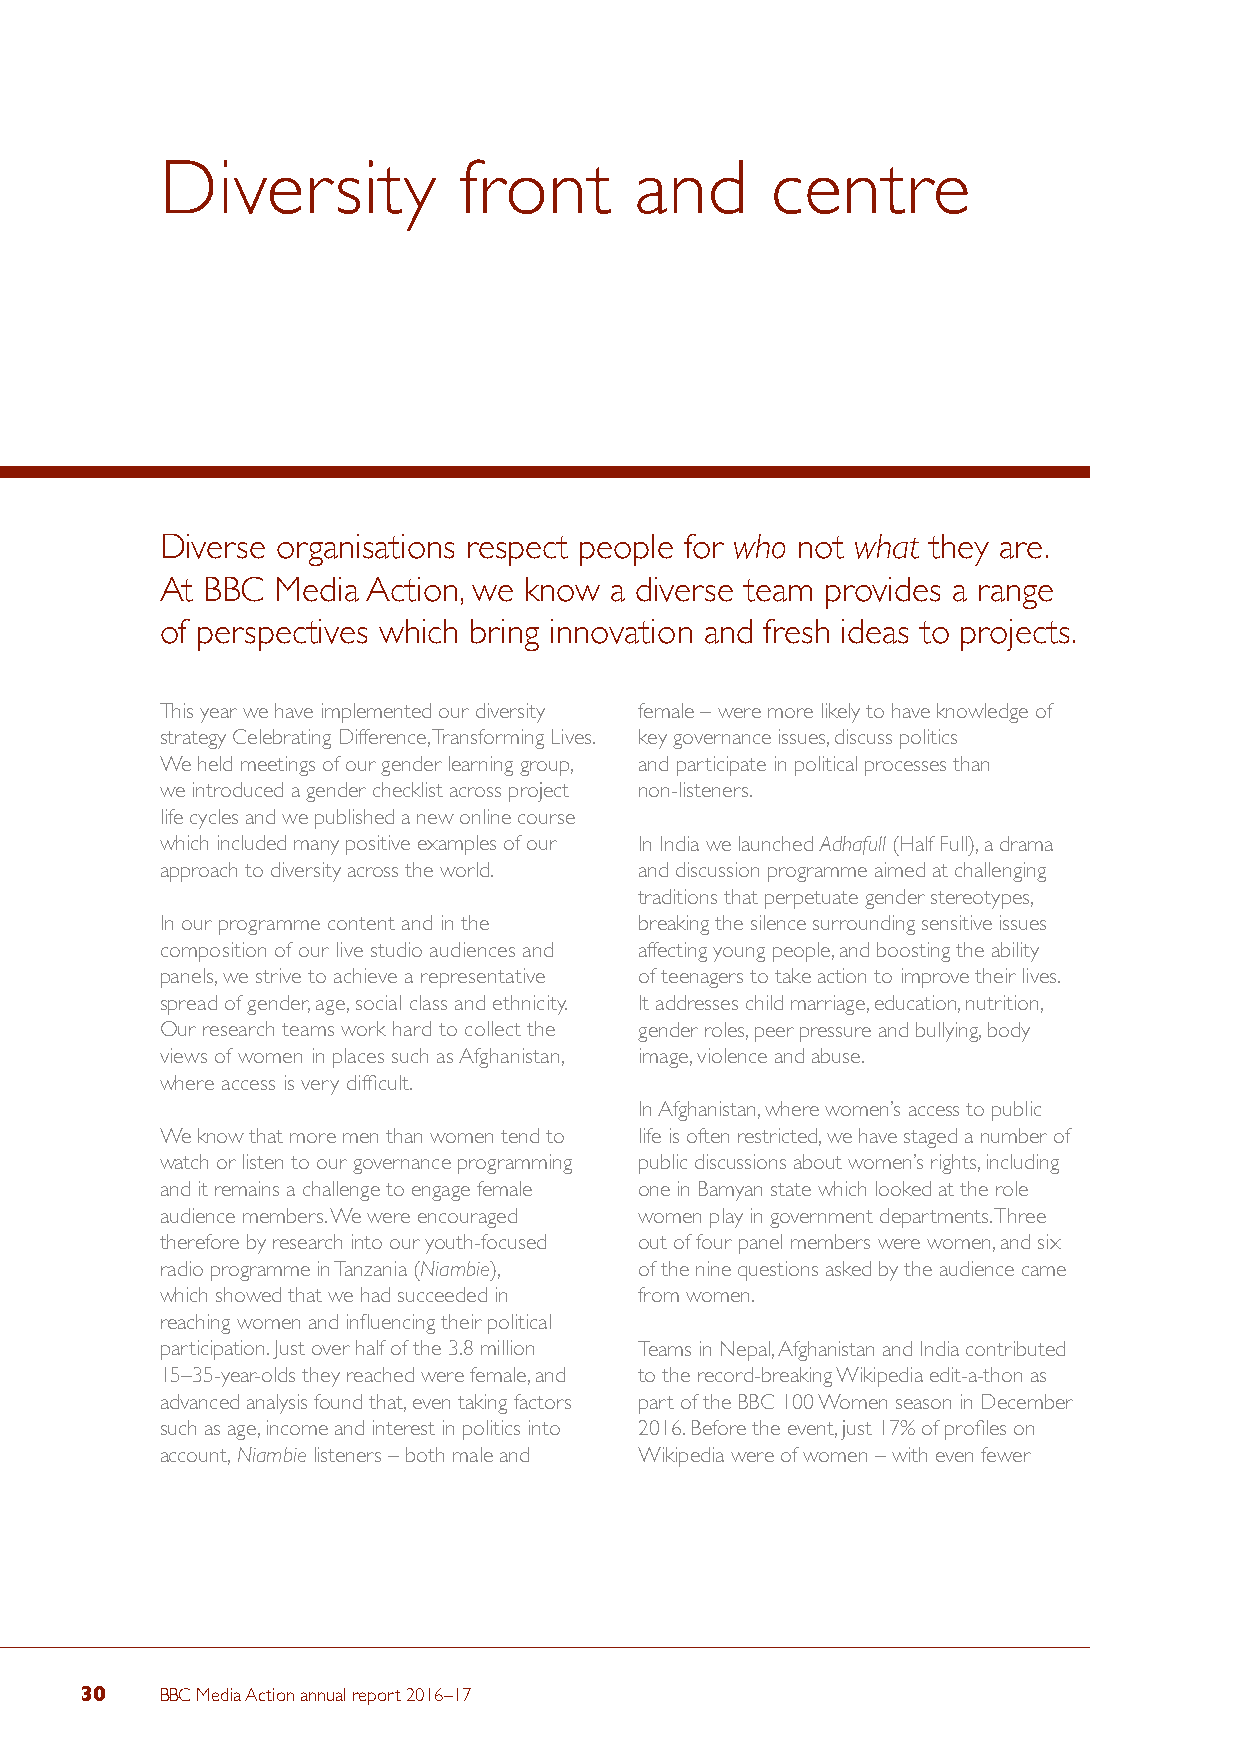
Diversity          front       and      centre
 Diverse organisations respect people for who not what they are.
 At BBC Media Action, we know a diverse team provides a range
 of perspectives which bring innovation and fresh ideas to projects.
 This year we have implemented our diversity female – were more likely to have knowledge of
 strategy Celebrating Difference, Transforming Lives. key governance issues, discuss politics
 We held meetings of our gender learning group, and participate in political processes than
 we introduced a gender checklist across project non-listeners.
 life cycles and we published a new online course
 which included many positive examples of our In India we launched Adhafull (Half Full), a drama
 approach to diversity across the world. and discussion programme aimed at challenging
 traditions that perpetuate gender stereotypes,
 In our programme content and in the breaking the silence surrounding sensitive issues
 composition of our live studio audiences and affecting young people, and boosting the ability
 panels, we strive to achieve a representative of teenagers to take action to improve their lives.
 spread of gender, age, social class and ethnicity. It addresses child marriage, education, nutrition,
 Our research teams work hard to collect the gender roles, peer pressure and bullying, body
 views of women in places such as Afghanistan, image, violence and abuse.
 where access is very difficult.
 In Afghanistan, where women’s access to public
 We know that more men than women tend to life is often restricted, we have staged a number of
 watch or listen to our governance programming public discussions about women’s rights, including
 and it remains a challenge to engage female one in Bamyan state which looked at the role
 audience members. We were encouraged women play in government departments. Three
 therefore by research into our youth-focused out of four panel members were women, and six
 radio programme in Tanzania (Niambie), of the nine questions asked by the audience came
 which showed that we had succeeded in from women.
 reaching women and influencing their political
 participation. Just over half of the 3.8 million Teams in Nepal, Afghanistan and India contributed
 15–35-year-olds they reached were female, and to the record-breaking Wikipedia edit-a-thon as
 advanced analysis found that, even taking factors part of the BBC 100 Women season in December
 such as age, income and interest in politics into 2016. Before the event, just 17% of profiles on
 account, Niambie listeners – both male and Wikipedia were of women – with even fewer
 30    BBC Media Action annual report 2016–17